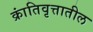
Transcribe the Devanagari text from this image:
क्रांतिवृत्तातील